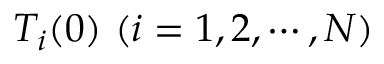
T _ { i } ( 0 ) ~ ( i = 1 , 2 , \cdots , N )